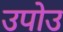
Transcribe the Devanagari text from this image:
उपोउ